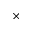
\times